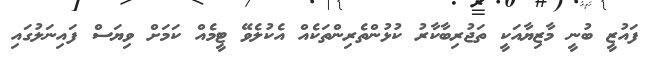
ފައުޒީ ބުނީ މާޒިޔާއަކީ ތަޖުރިބާކާރު ކުޅުންތެރިންތަކެއް އެކުލެވޭ ޓީމެއް ކަމަށް ވިޔަސް ފައިނަލުގައި